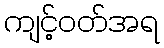
ကျင့်ဝတ်အရ